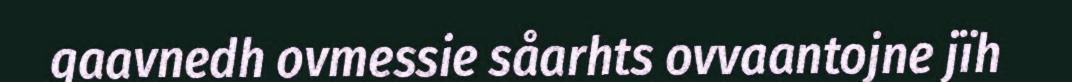
gaavnedh ovmessie såarhts ovvaantojne jïh